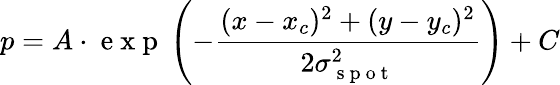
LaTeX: p=A\cdot\mathrm{~e~x~p~}\left(-\frac{(x-x_{c})^{2}+(y-y_{c})^{2}}{2\sigma_{\mathrm{~s~p~o~t~}}^{2}}\right)+C